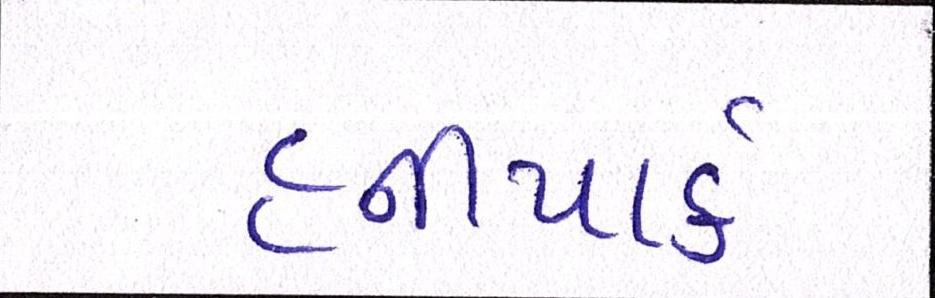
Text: હનીપાર્ક